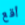
أقع